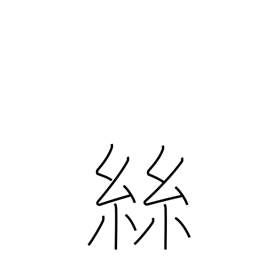
Meaning: thread